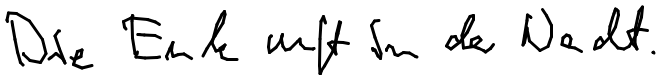
Die Eule ruft in der Nacht.